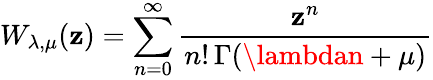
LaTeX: W_{\lambda,\mu}(\mathbf{z})=\sum_{n=0}^{\infty}\frac{{\mathbf{z}^{n}}}{{n!\, \Gamma(\lambdan+\mu)}}